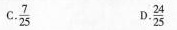
C. $$\frac{7}{25}$$ D.2 $$\frac{24}{25}$$